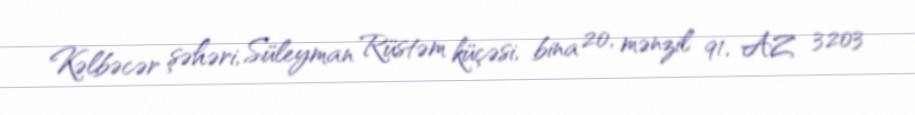
Kəlbəcər şəhəri, Süleyman Rüstəm küçəsi, bina 20, mənzil 91, AZ 3203